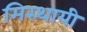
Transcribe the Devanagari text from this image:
मिस्थायी